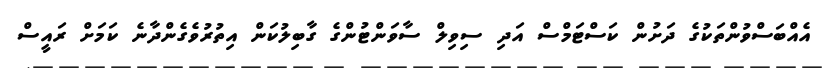
އެއްބަސްވުންތަކުގެ ދަށުން ކަސްޓަމްސް އަދި ސިވިލް ސާވަންޓުންގެ ގާބިލުކަން އިތުރުވެގެންދާނެ ކަމަށް ރައީސް